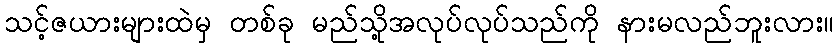
သင့်ဇယားများထဲမှ တစ်ခု မည်သို့အလုပ်လုပ်သည်ကို နားမလည်ဘူးလား။